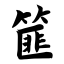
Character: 篚